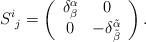
LaTeX: \begin{align*}S^i{}_j = \left( \begin{array}{cc} \delta^{\alpha}_{\beta} & 0 \\ 0 &-\delta^{\tilde{\alpha}}_{\tilde{\beta}} \end{array} \right) .\end{align*}